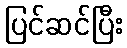
ပြင်ဆင်ပြီး